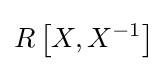
R\left[X,X^{-1}\right]